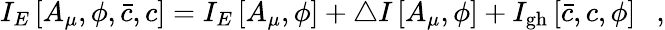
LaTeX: I_{E}\left[A_{\mu},\phi,\bar{c},c\right]=I_{E}\left[A_{\mu},\phi\right]+\triangle I\left[A_{\mu},\phi\right]+I_{\mathrm{gh}}\left[\bar{c},c,\phi\right]~~~,